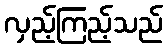
လှည့်ကြည့်သည်